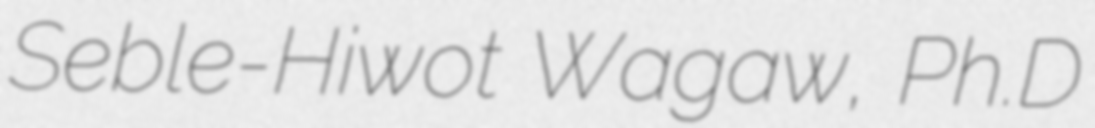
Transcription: Seble-Hiwot Wagaw, Ph.D